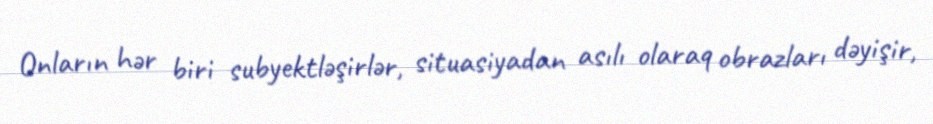
Onların hər biri subyektləşirlər, situasiyadan asılı olaraq obrazları dəyişir,